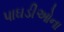
પાઘડીઓના